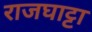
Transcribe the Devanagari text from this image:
राजघाट्टा